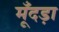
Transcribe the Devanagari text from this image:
मूँदड़ा